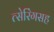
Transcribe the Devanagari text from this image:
त्सेरिंगसह